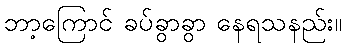
ဘာ့ကြောင် ခပ်ခွာခွာ နေရသနည်း။